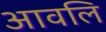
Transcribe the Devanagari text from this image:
आवलि